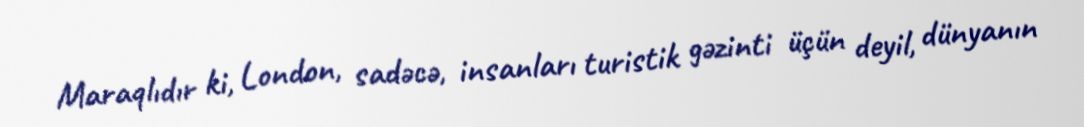
Maraqlıdır ki, London, sadəcə, insanları turistik gəzinti üçün deyil, dünyanın